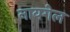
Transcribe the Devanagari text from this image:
नायगेल